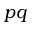
p q